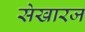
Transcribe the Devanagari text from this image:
सेखारज